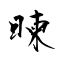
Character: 暕